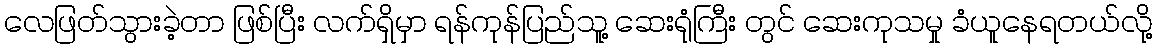
လေဖြတ်သွားခဲ့တာ ဖြစ်ပြီး လက်ရှိမှာ ရန်ကုန်ပြည်သူ့ ဆေးရုံကြီး တွင် ဆေးကုသမှု ခံယူနေရတယ်လို့